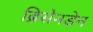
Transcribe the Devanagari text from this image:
ब्रिसेनडेन